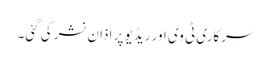
سرکاری ٹی وی اور ریڈیو پر اذان نشر کی گئی۔